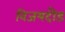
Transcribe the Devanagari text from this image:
विजयदौड